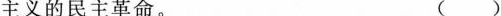
的民主革命。 ()